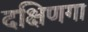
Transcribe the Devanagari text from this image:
दक्षिणगा